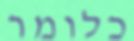
כלומר